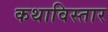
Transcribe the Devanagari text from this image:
कथाविस्तार